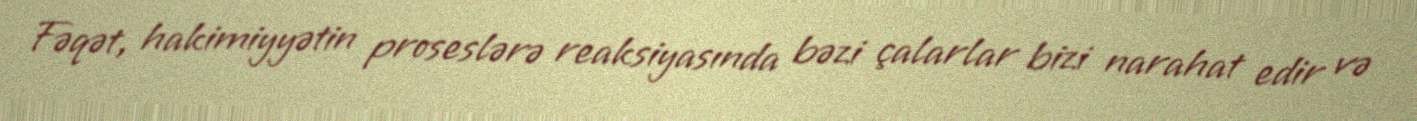
Fəqət, hakimiyyətin proseslərə reaksiyasında bəzi çalarlar bizi narahat edir və